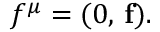
f ^ { \mu } = ( 0 , \, { \bf f } ) .